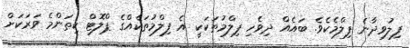
ފިލުވިދާނެ ފިލްމެކެވެ. ބައެއް ދިވެހި ފިލްމުތަކަކީ އެ ފިލްމުތަކެއްގެ ޕްލޮޓް ކިތަންމެ ވަރަކަށް